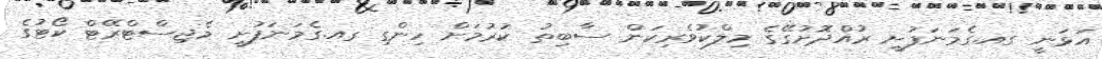
އަޅަނީ ގއ.ގެމަނަފުށީ ރުއްދޮށުގޭގެ މިލްކުވެރިކަން ސާބިތު ކުރުމަށް ހިންގި ގއ.ގެމަނަފުށީ މެޖިސްޓްރޭޓް ކޯޓުގެ